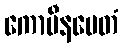
ကောပီနမေတံ